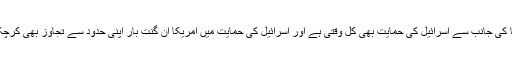
امریکا کی جانب سے اسرائیل کی حمایت بھی کل وقتی ہے اور اسرائیل کی حمایت میں امریکا ان گنت بار اپنی حدود سے تجاوز بھی کرچکا ہے۔